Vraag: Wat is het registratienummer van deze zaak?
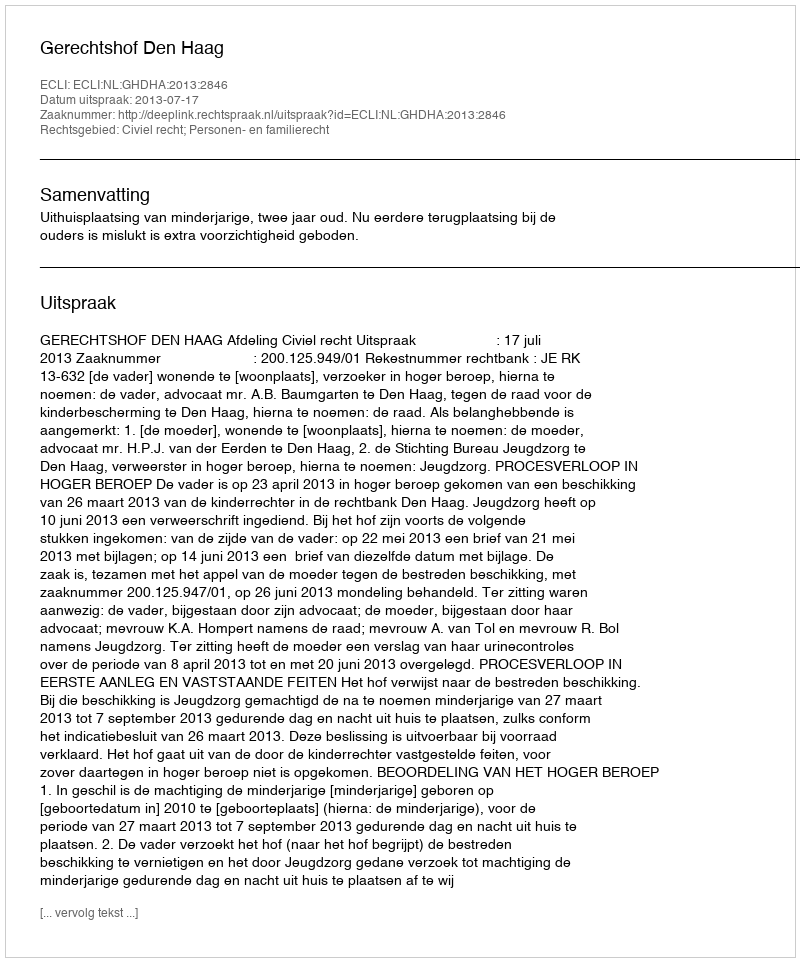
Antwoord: http://deeplink.rechtspraak.nl/uitspraak?id=ECLI:NL:GHDHA:2013:2846